Annual administration report of the Civil Veterinary Department of India - 1895-1896
Year: 1895
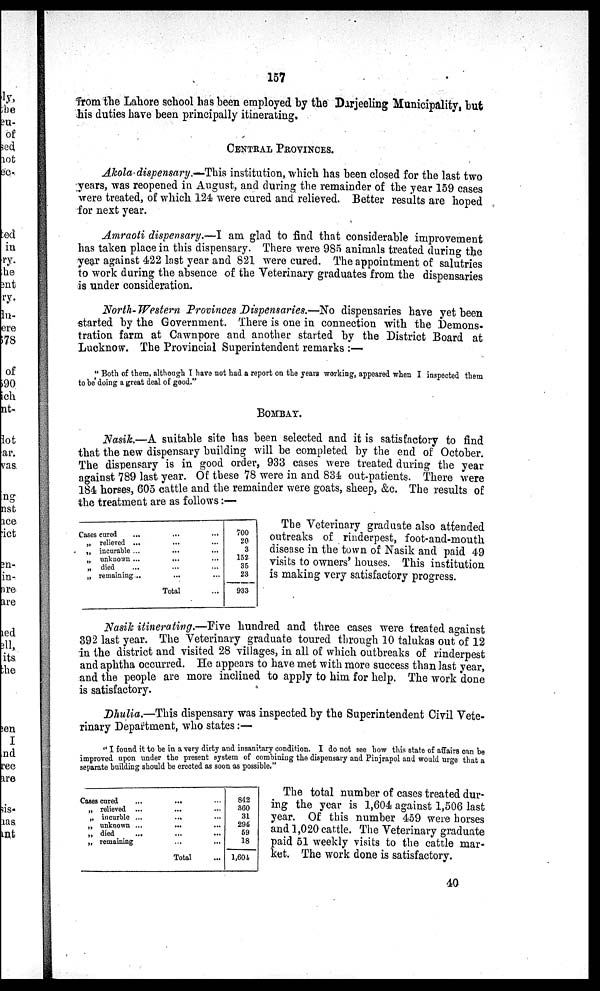
157
from the Lahore school has been employed by the Darjeeling Municipality, but
his duties have been principally itinerating.
CENTRAL PROVINCES.
Akola dispensary.—This institution, which has been closed for the last two
years, was reopened in August, and during the remainder of the year 159 cases
were treated, of which 124 were cured and relieved. Better results are hoped
for next year.
Amraoti dispensary.—I am glad to find that considerable improvement
has taken place in this dispensary. There were 985 animals treated during the
year against 422 last year and 821 were cured. The appointment of salutries
to work during the absence of the Veterinary graduates from the dispensaries
is under consideration.
North-Western Provinces Dispensaries.—No dispensaries have yet been
started by the Government. There is one in connection with the Demons-
tration farm at Cawnpore and another started by the District Board at
Lucknow. The Provincial Superintendent remarks:—
"Both of them, although I have not had a report on the years working, appeared when I inspected them
to be doing a great deal of good."
BOMBAY.
Nasik.—A suitable site has been selected and it is satisfactory to find
that the new dispensary building will be completed by the end of October.
The dispensary is in good order, 933 cases were treated during the year
against 789 last year. Of these 78 were in and 834 outpatients. There were
184 horses, 605 cattle and the remainder were goats, sheep, &c. The results of
the treatment are as follows:—
Cases cured ...
„ relieved ...
„ incurable ...
„ unknown ...
„ died ...
„ remaining ...
...
...
...
...
...
...
Total
...
...
...
...
...
...
...
700
20
3
152
35
23
933
The Veterinary graduate also attended
outreaks of rinderpest, foot-and-mouth
disease in the town of Nasik and paid 49
visits to owners' houses. This institution
is making very satisfactory progress.
Nasik itinerating.—Five hundred and three cases were treated against
392 last year. The Veterinary graduate toured through 10 talukas out of 12
in the district and visited 28 villages, in all of which outbreaks of rinderpest
and aphtha occurred. He appears to have met with more success than last year,
and the people are more inclined to apply to him for help. The work done
is satisfactory.
Dhulia.—This dispensary was inspected by the Superintendent Civil Vete-
rinary Department, who states:—
"I found it to be in a very dirty and insanitary condition. I do not see how this state of affairs can be
improved upon under the present system of combining the dispensary and Pinjrapol and would urge that a
separate building should be erected as soon as possible."
Cases cured...
„ relieved ...
„ incurble ...
„ unknown ...
„ died
...
„ remaining
...
...
...
...
...
...
Total
...
...
...
...
...
...
...
842
360
31
294
59
18
1,601
The total number of cases treated dur-
ing the year is 1,604 against 1,506 last
year. Of this number 459 were horses
and 1,020 cattle. The Veterinary graduate
paid 51 weekly visits to the cattle mar-
ket. The work done is satisfactory.
40